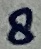
Text: 8